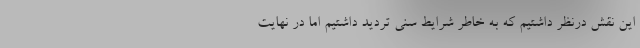
این نقش درنظر داشتیم که به خاطر شرایط سنی تردید داشتیم اما در نهایت